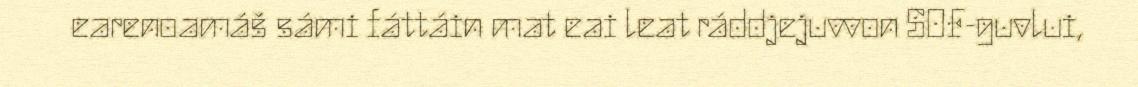
earenoamáš sámi fáttáin mat eai leat ráddjejuvvon SOF-guvlui,